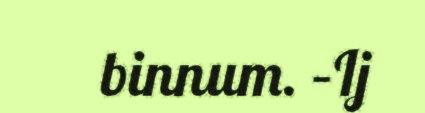
binnum. –Ij